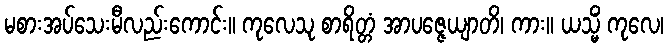
မစားအပ်သေးမီလည်းကောင်း။ ကုလေသု စာရိတ္တံ အာပဇ္ဇေယျာတိ၊ ကား။ ယသ္မိံ ကုလေ၊